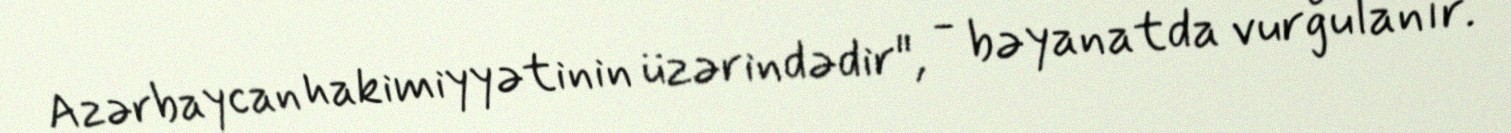
Azərbaycan hakimiyyətinin üzərindədir", - bəyanatda vurğulanır.